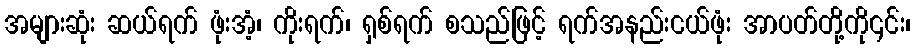
အများဆုံး ဆယ်ရက် ဖုံးအံ့၊ ကိုးရက်၊ ရှစ်ရက် စသည်ဖြင့် ရက်အနည်းငယ်ဖုံး အာပတ်တို့ကို၎င်း၊